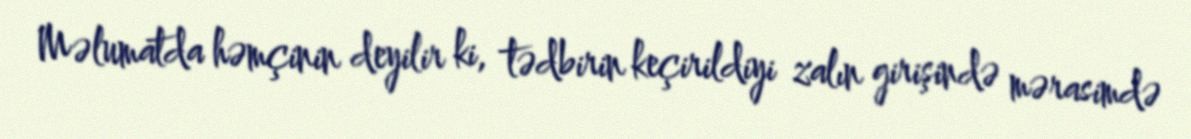
Məlumatda həmçinin deyilir ki, tədbirin keçirildiyi zalın girişində mərasimdə